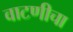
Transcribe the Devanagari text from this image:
वाटणीचा